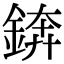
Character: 錛